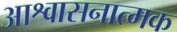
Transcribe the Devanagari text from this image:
आश्वासनात्मक